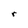
Character: r